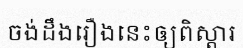
ចង់ដឹងរឿងនេះឲ្យពិស្តារ